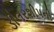
ડીલરશીપની